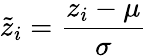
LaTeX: \tilde{z}_{i}=\frac{z_{i}-\mu}{\sigma}